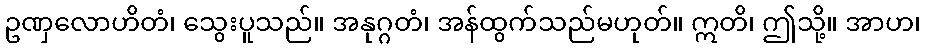
ဥဏှလောဟိတံ၊ သွေးပူသည်။ အနုဂ္ဂတံ၊ အန်ထွက်သည်မဟုတ်။ ဣတိ၊ ဤသို့။ အာဟ၊